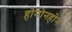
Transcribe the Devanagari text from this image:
होमोनहोन